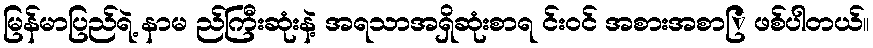
မြန်မာပြည်ရဲ့ နာမ ည်ကြီးဆုံးနဲ့ အရသာအရှိဆုံးစာရ င်းဝင် အစားအစာြ ဖစ်ပါတယ်။